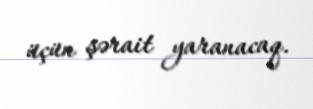
üçün şərait yaranacaq.